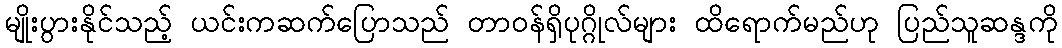
မျိုးပွားနိုင်သည့် ယင်းကဆက်ပြောသည် တာ၀န်ရှိပုဂ္ဂိုလ်များ ထိရောက်မည်ဟု ပြည်သူဆန္ဒကို